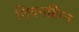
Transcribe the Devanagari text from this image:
शिवनहिम्न